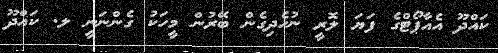
ކައްދޫ އެއާޕޯޓްގެ ފަޔަ ލޮރީ ނުހެދިގެން ބޭރުން މީހަކު ގެންނަނީ ލ. ކައްދޫ